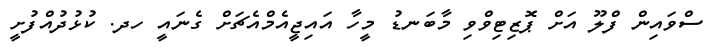
ސްވައިން ފްލޫ އަށް ޕޮޒިޓިވްވި މާބަނޑު މީހާ އައިޖީއެމްއެޗަށް ގެނައީ ހދ. ކުޅުދުއްފުށީ